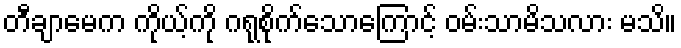
တီချာမေက ကိုယ့်ကို ဂရုစိုက်သောကြောင့် ဝမ်းသာမိသလား မသိ။